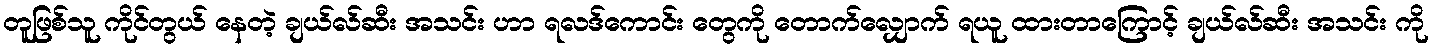
တူဖြစ်သူ ကိုင်တွယ် နေတဲ့ ချယ်လ်ဆီး အသင်း ဟာ ရလဒ်ကောင်း တွေကို တောက်လျှောက် ရယူ ထားတာကြောင့် ချယ်လ်ဆီး အသင်း ကို